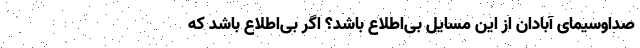
صداوسیمای آبادان از این مسایل بی‌اطلاع باشد؟ اگر بی‌اطلاع باشد که